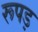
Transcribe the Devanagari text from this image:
रूपड़